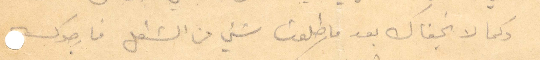
وكما لا يخفاك بعد ما طلع شيء من الشغل فارجوك